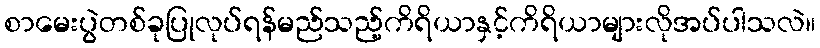
စာမေးပွဲတစ်ခုပြုလုပ်ရန်မည်သည့်ကိရိယာနှင့်ကိရိယာများလိုအပ်ပါသလဲ။